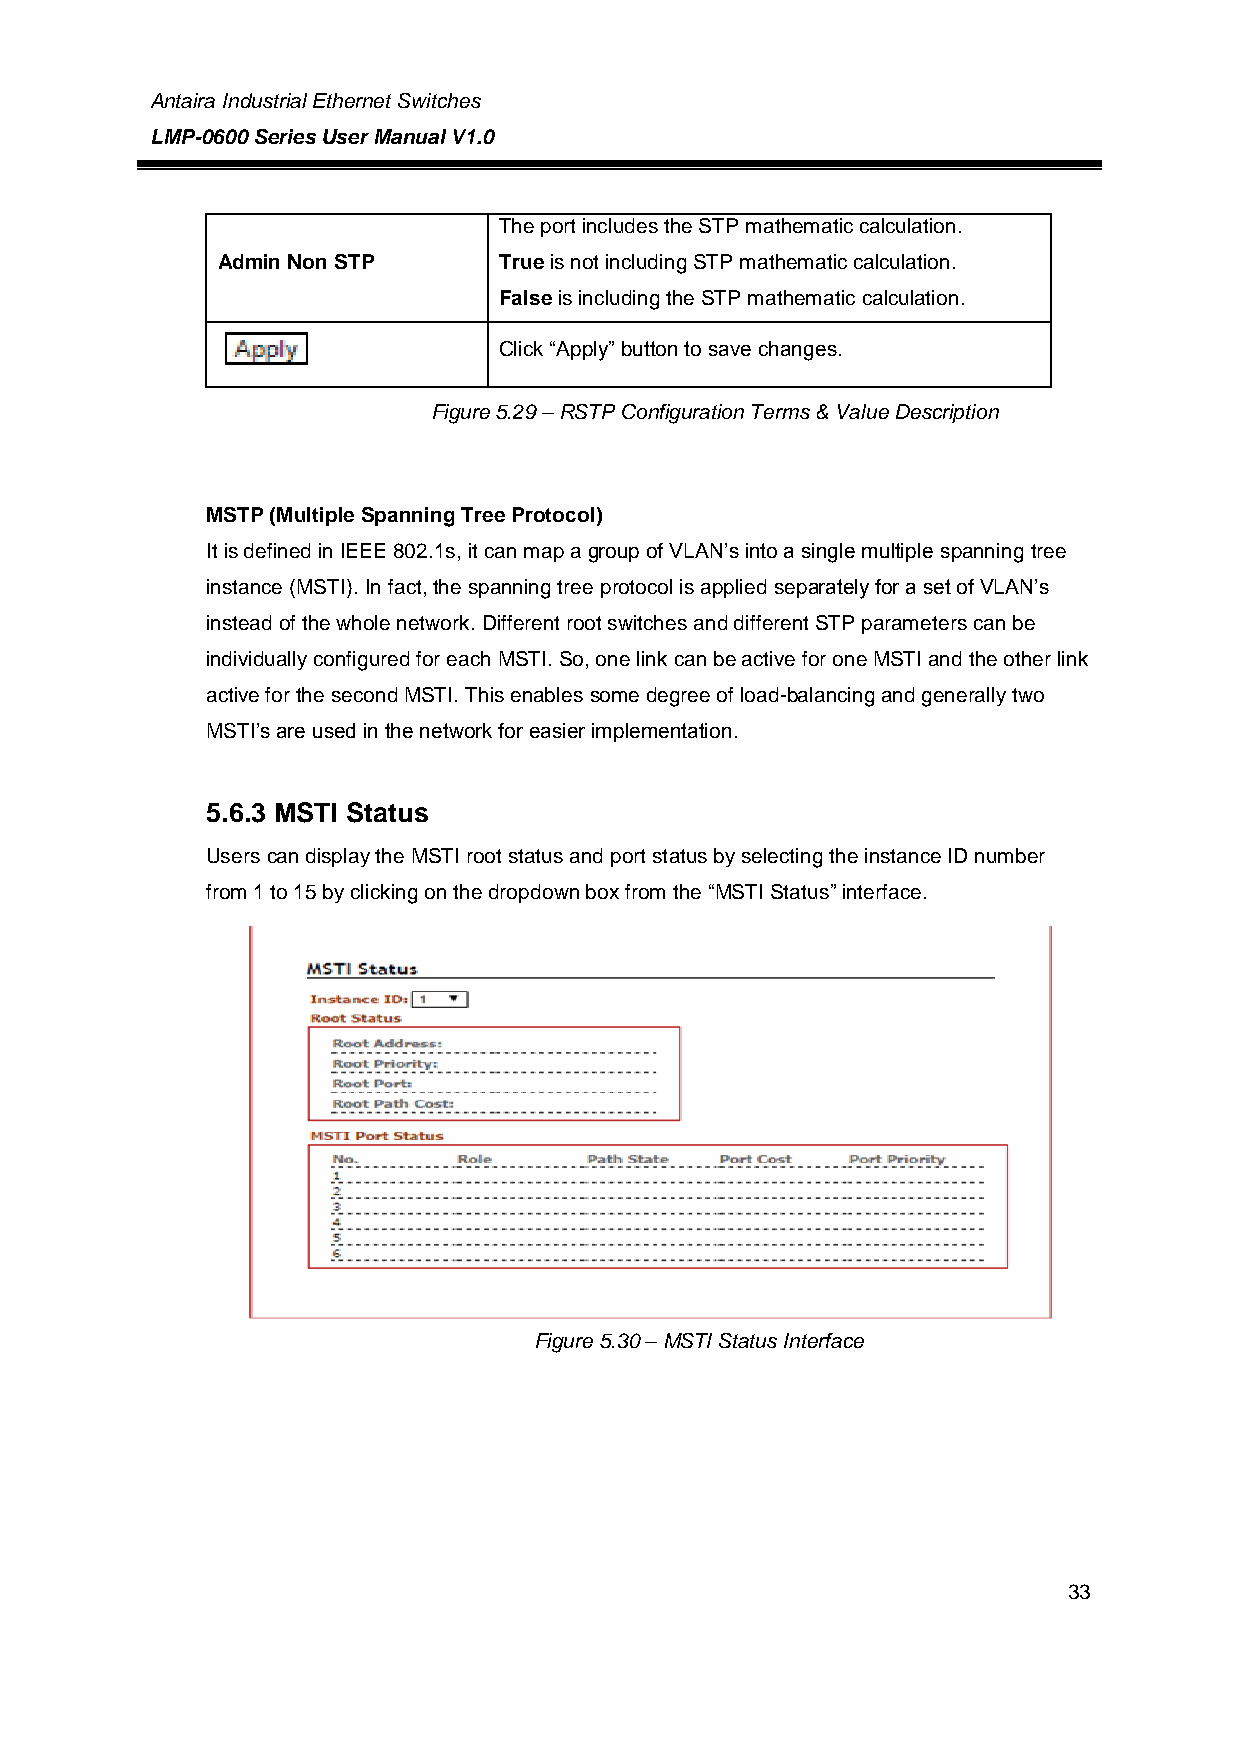
Antaira Industrial Ethernet Switches
 LMP-0600 Series User Manual V1.0
 The port includes the STP mathematic calculation.
 Admin Non STP      True is not including STP mathematic calculation.
 False is including the STP mathematic calculation.
 Click “Apply” button to save changes.
 Figure 5.29 – RSTP Configuration Terms & Value Description
 MSTP (Multiple Spanning Tree Protocol)
 It is defined in IEEE 802.1s, it can map a group of VLAN’s into a single multiple spanning tree
 instance (MSTI). In fact, the spanning tree protocol is applied separately for a set of VLAN’s
 instead of the whole network. Different root switches and different STP parameters can be
 individually configured for each MSTI. So, one link can be active for one MSTI and the other link
 active for the second MSTI. This enables some degree of load-balancing and generally two
 MSTI’s are used in the network for easier implementation.
 5.6.3 MSTI Status
 Users can display the MSTI root status and port status by selecting the instance ID number
 from 1 to 15 by clicking on the dropdown box from the “MSTI Status” interface.
 Figure 5.30 – MSTI Status Interface
 33